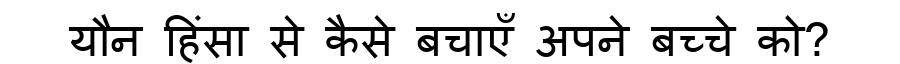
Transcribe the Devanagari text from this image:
यौन हिंसा से कैसे बचाएँ अपने बच्चे को?